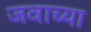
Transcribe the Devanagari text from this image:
जवाच्या